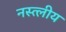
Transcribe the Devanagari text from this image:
नस्त्लीय